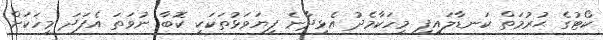
ކޯޓުގެ ޙުރުމަތް ކަނޑާލައިފި މީހަކާމެދު އެޅިދާނެ ފިޔަވަޅުތަކަކީ ކޮބާ ނުވަތަ އެފަދަ މީހަކަށް